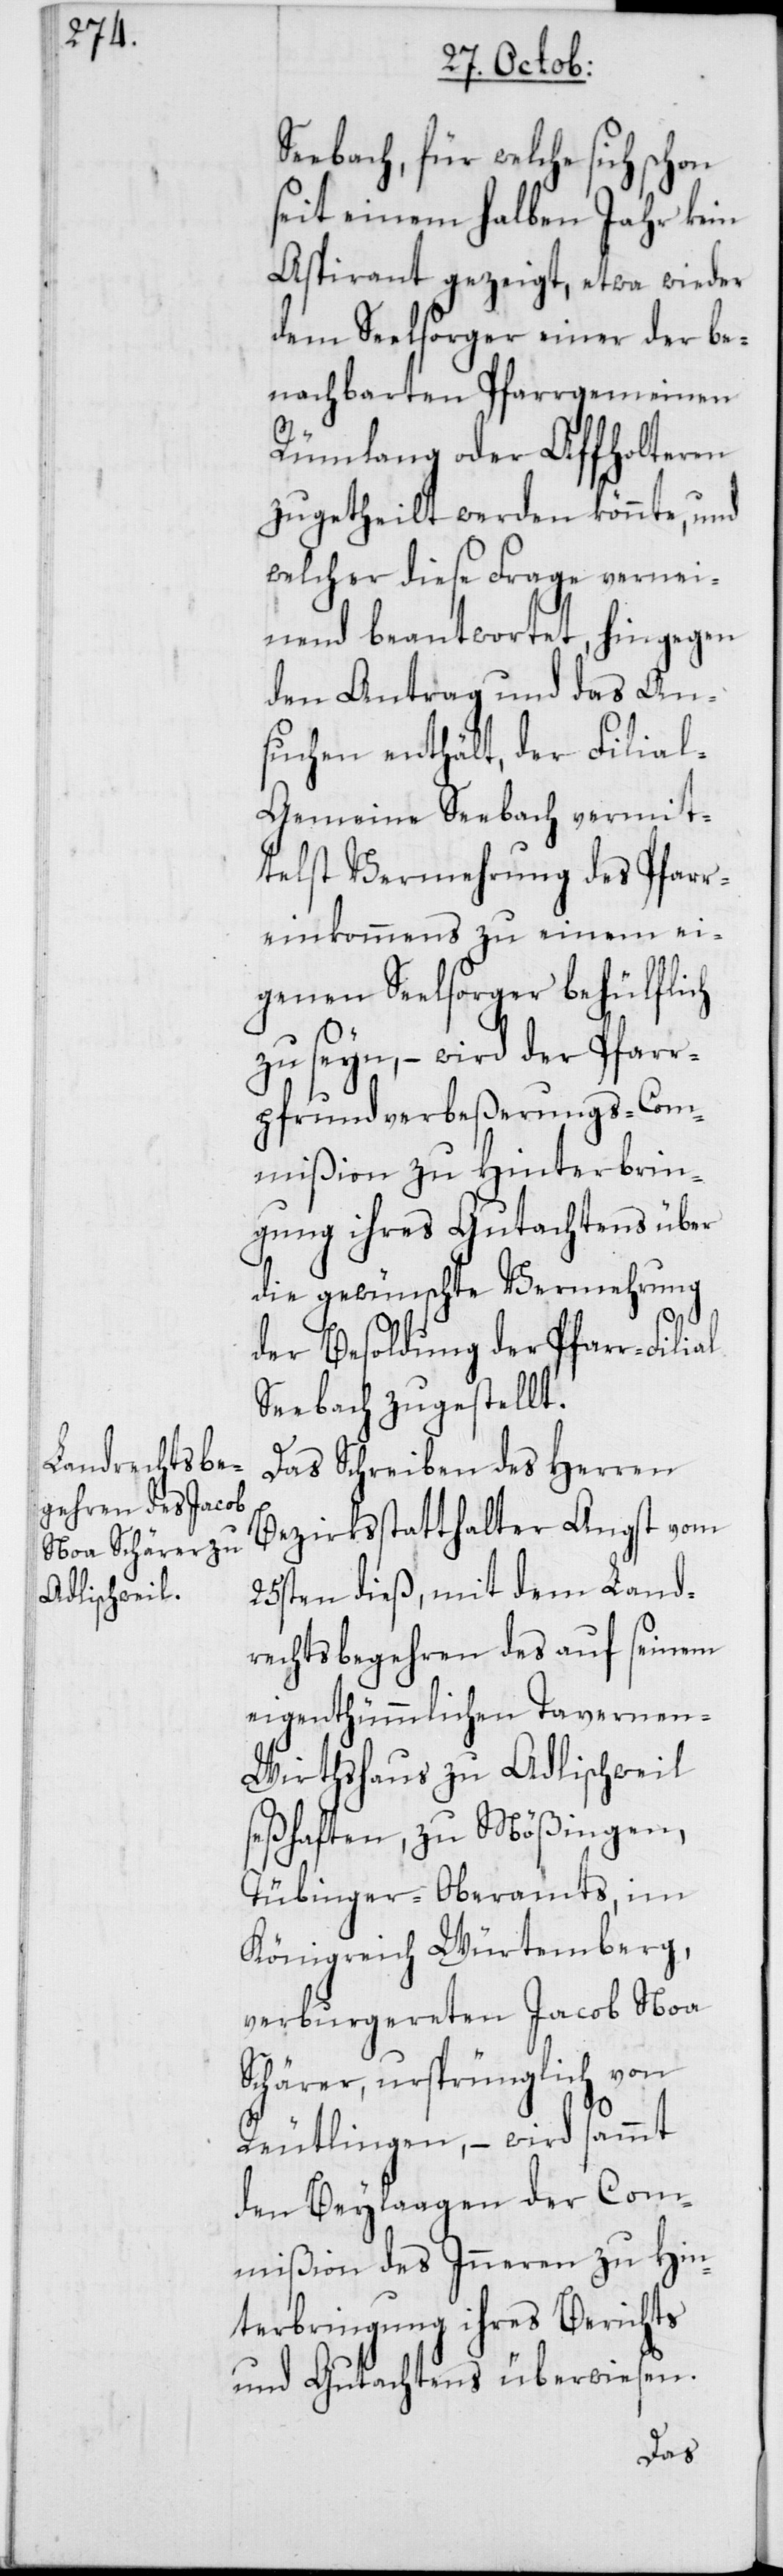
Seebach, für welche sich schon
seit einem halben Jahr kein
Aspirant gezeigt, etwa wieder
dem Seelsorger einer der be¬
nachbarten Pfarrgemeinen
Rümlang oder Affholteren
zugetheilt werden könnte, und
welcher diese Frage vernei¬
nend beantwortet, hingegen
den Antrag und das An¬
suchen enthält, der Filia¬
l-Gemeinde Seebach vermit¬
telst Vermehrung des Pfarr¬
einkommens zu einem ei¬
genen Seelsorger behülflich
zu seyn, – wird der Pfarr¬
pfrundverbeßerungs-Com¬
mißion zu Hinterbrin¬
gung ihres Gutachtens über
die gewünschte Vermehrung
der Besoldung der Pfarr-Filial
Seebach zugestellt.
Das Schreiben des Herren
Bezirksstatthalter Angst vom
25sten dieß, mit dem Land¬
rechtsbegehren des auf seinem
eigenthümmlichen Tavernen-W¬
irthshaus zu Adlischweil
seßhaften, zu Mößingen,
Tübinger-Oberamts, im
Königreich Würtemberg,
verburgereten Jacob Noa
Schärer, ursprünglich von
Reutlingen, – wird sammt
den Beylaagen der Com¬
mißion des Inneren zu Hin¬
terbringung ihres Berichts
und Gutachtens überwiesen.